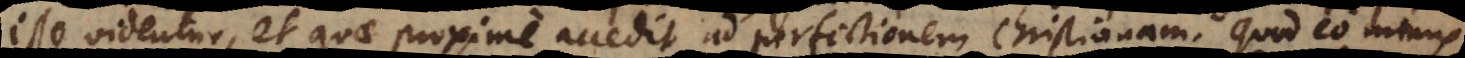
isse videntur, et quae proxime accedit ad perfectionem Christianam. Quod eo minus